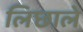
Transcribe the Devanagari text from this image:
लिछाले